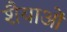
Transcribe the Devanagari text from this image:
शैैयाओं